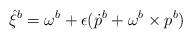
LaTeX: \begin{align*} \hat \xi^b = \omega^b + \epsilon(\dot p^b + \omega^b \times p^b)\end{align*}